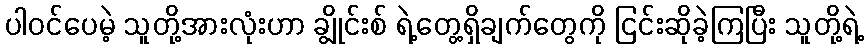
ပါဝင်ပေမဲ့ သူတို့အားလုံးဟာ ချွိုင်းစ် ရဲ့တွေ့ရှိချက်တွေကို ငြင်းဆိုခဲ့ကြပြီး သူတို့ရဲ့